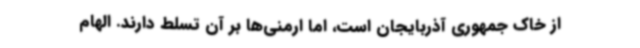
از خاک جمهوری آذربایجان است، اما ارمنی‌ها بر آن تسلط دارند. الهام